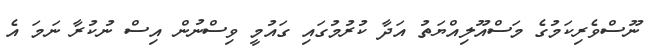
ނޫސްވެރިކަމުގެ މަސްއޫލިއްޔަތު އަދާ ކުރުމުގައި ގައުމީ ވިސްނުން އިސް ނުކުރާ ނަމަ އެ